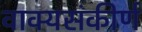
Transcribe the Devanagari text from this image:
वाक्यसंकीर्ण